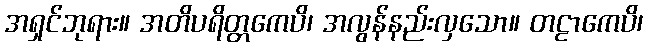
အရှင်ဘုရား။ အတိပရိတ္တကေပိ၊ အလွန်နည်းလှသော။ တဠာကေပိ၊